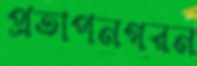
প্রতাপনগরন